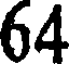
64